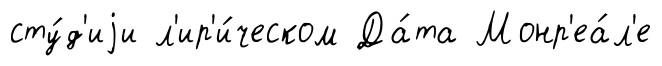
сту́д'иjи л'ир'и́ческом Да́та Монр'еа́л'е